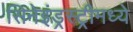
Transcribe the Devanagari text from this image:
सिनेइंड्रस्ट्रीमध्ये